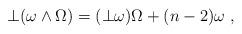
LaTeX: \begin{align*} \bot (\omega \wedge \Omega ) = (\bot \omega) \Omega + (n-2) \omega \ , \end{align*}